system: You are a helpful assistant.
user:
Analyze the provided spectrum to determine if it is a **White Dwarf (WD)**.

A White Dwarf spectrum is defined by its **extreme purity** (due to gravitational settling) and/or **extreme pressure broadening** (due to high surface gravity). You must check for one of the following mutually exclusive signatures:

- **Key Visual Indicators (Check for ONE of these types):**

    - **1. DA-Type Signature (Most Common):**
        - **(Primary Feature):** Extreme pressure broadening (Stark broadening) of the **Hydrogen (H) Balmer lines**.
        - **(Key Lines):** $H\beta$ (approx. $4861$ Å) and $H\gamma$ (approx. $4340$ Å). $H\alpha$ (approx. $6563$ Å) will also be present if the wavelength range covers it.
        - **(Line Profile):** This is the **defining feature**. The lines are **NOT** sharp. They appear as massive, **extremely broad and deep "troughs" or "dips"** in the spectrum, often hundreds of Ångströms wide. The continuum will appear to "scoop" down at these wavelengths.
        - **(Distinction):** Normal A-type or B-type stars have *narrow* and *sharp* Hydrogen lines. A DA White Dwarf's lines are unmistakably "smeared" or "blurry" from pressure.

    - **2. DB-Type Signature:**
        - **(Primary Feature):** Broad absorption lines from **Neutral Helium (He I)**. The spectrum must lack any visible Hydrogen lines.
        - **(Key Lines):** Look for broad absorption near $4471$ Å, $4921$ Å, and $5876$ Å.
        - **(Line Profile):** These lines are also significantly pressure-broadened, appearing much wider than they would in a normal B-type main-sequence star.

    - **3. DC-Type Signature:**
        - **(Primary Feature):** A **featureless continuous spectrum**.
        - **(Line Profile):** The spectrum is a smooth curve with **no significant absorption or emission lines**.
        - **(Key Confirmation):** The continuum is almost always **blue or white**, indicating a hot object. This signature implies the atmosphere is so pure (or so cool) that no spectral lines are visible in the optical range. Its WD identity is confirmed by its extremely low intrinsic brightness (high absolute magnitude).

    - **4. DZ-Type Signature (Metal-Polluted):**
        - **(Primary Feature):** **Isolated, narrow metal absorption lines** on an otherwise featureless (DC-like) continuum.
        - **(Key Lines):** The **Calcium (Ca II) H & K doublet** (approx. **$3934$ Å** and **$3968$ Å**) is the most common and defining feature.
        - **(Line Profile):** These lines are "out of place." They are *not* part of a "forest" of thousands of lines. This signature is evidence of recent *accretion* (pollution) from rocky debris.
        - **(Distinction):** Normal G/K/M stars have a *dense forest* of thousands of metal lines. A DZ has a *clean* continuum with *only a few* strong metal lines.

    - **5. DQ-Type Signature (Carbon-Polluted):**
        - **(Primary Feature):** Absorption bands from **Carbon (C₂ "Swan Bands" or atomic C I)**.
        - **(Key Lines - C₂):** Look for bandheads with a "saw-tooth" shape near $5635$ Å, **$5165$ Å** (strongest), and $4737$ Å.
        - **(Key Confirmation):** The underlying **continuum must be blue or white** (hot).
        - **(Distinction):** This is the critical difference from a **Carbon Star**, which has the *exact same* C₂ bands but on an extremely **red, cool** continuum.

- **(Overall Spectrum):**
    - The continuum (overall shape) is typically **blue-sloping** (brighter in the blue than the red), as most white dwarfs are very hot.
    - The spectrum will look "pure" or "simple," dominated by only *one* of the five signatures listed above.

Think first, call **spectral_visualization_tool** if needed to examine features in detail, then provide your final answer. Your response must adhere to the following strict rules:
1.  **Overall Structure:** Your response must follow the format `<think>...</think> <tool_call>...</tool_call> (if a tool is used) <answer>...</answer>`.
2.  **Tool Usage Constraint:** You may only make **one** tool call per turn.
3.  **Final Answer Format:** In the `<answer>` tag, your conclusion must be inside a `\boxed{}` command (e.g., `\boxed{YES}` or `\boxed{NO}`), followed by your justification.

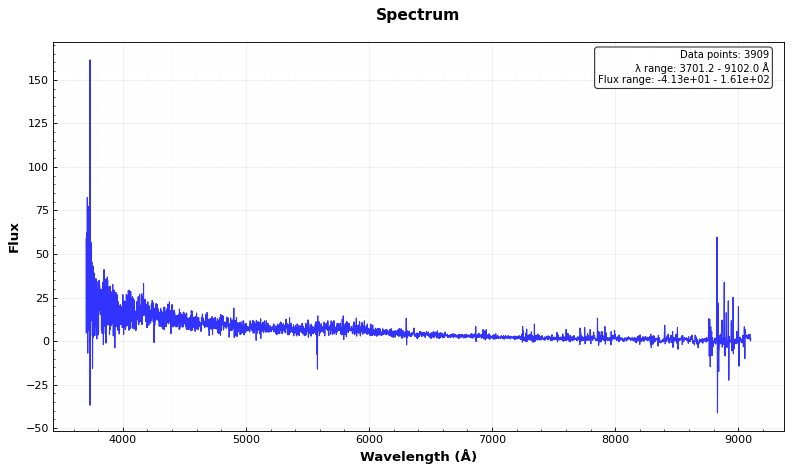
Answer: NO